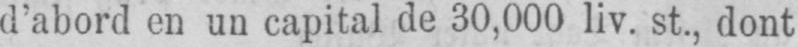
d’abord en un capital de 30,000 liv. st., dont